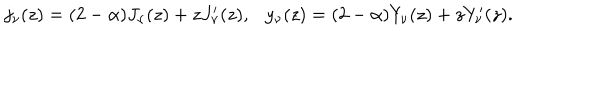
j _ { \nu } ( z ) = ( 2 - \alpha ) J _ { \nu } ( z ) + z J _ { \nu } ^ { \prime } ( z ) , y _ { \nu } ( z ) = ( 2 - \alpha ) Y _ { \nu } ( z ) + z Y _ { \nu } ^ { \prime } ( z ) .